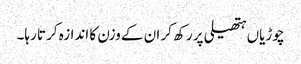
چوڑیاں ہتھیلی پر رکھ کر ان کے وزن کا اندازہ کرتا رہا۔